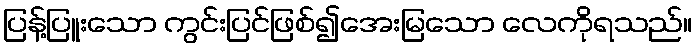
ပြန့်ပြူးသော ကွင်းပြင်ဖြစ်၍အေးမြသော လေကိုရသည်။